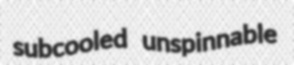
subcooled unspinnable